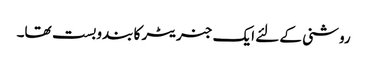
روشنی کے لئے ایک جنریٹر کا بندوبست تھا۔